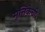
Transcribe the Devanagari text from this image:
मृत्तिकेची